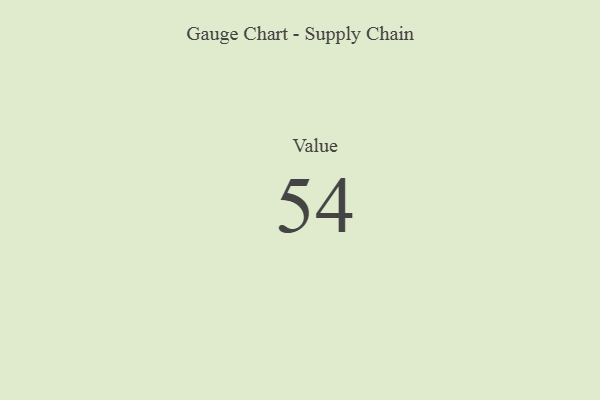
{"axis": {"x": "Metric", "y": "Value"}, "legend": [""], "data": [{"x": "Value", "y": 54, "type": ""}]}